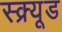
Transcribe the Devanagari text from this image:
स्क्र्यूड